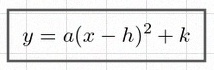
y=a(x-h)^2+k